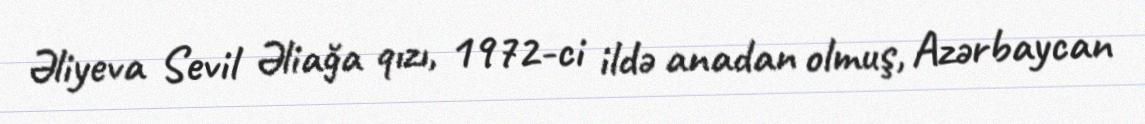
Əliyeva Sevil Əliağa qızı, 1972-ci ildə anadan olmuş, Azərbaycan